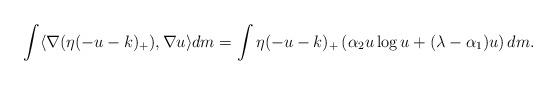
LaTeX: \begin{align*} \int \langle \nabla(\eta(-u-k)_+), \nabla u \rangle dm = \int \eta (-u-k)_{+}\left(\alpha_2 u\log u + (\lambda-\alpha_1)u\right)dm. \end{align*}